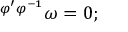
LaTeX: { } ^ { \varphi ^ { \prime } \varphi ^ { - 1 } } \omega = 0 ;